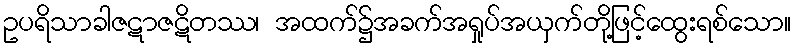
ဥပရိသာခါဇဋာဇဋိတဿ၊ အထက်၌အခက်အရှုပ်အယှက်တို့ဖြင့်ထွေးရစ်သော။